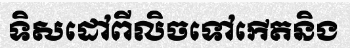
ទិសដៅពីលិចទៅកើតនិង